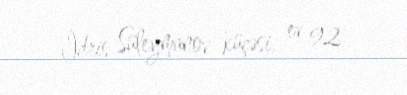
İdris Süleymanov küçəsi, ev 92